Eesti_Peakonsulaat_New_Yorgis, lk 49
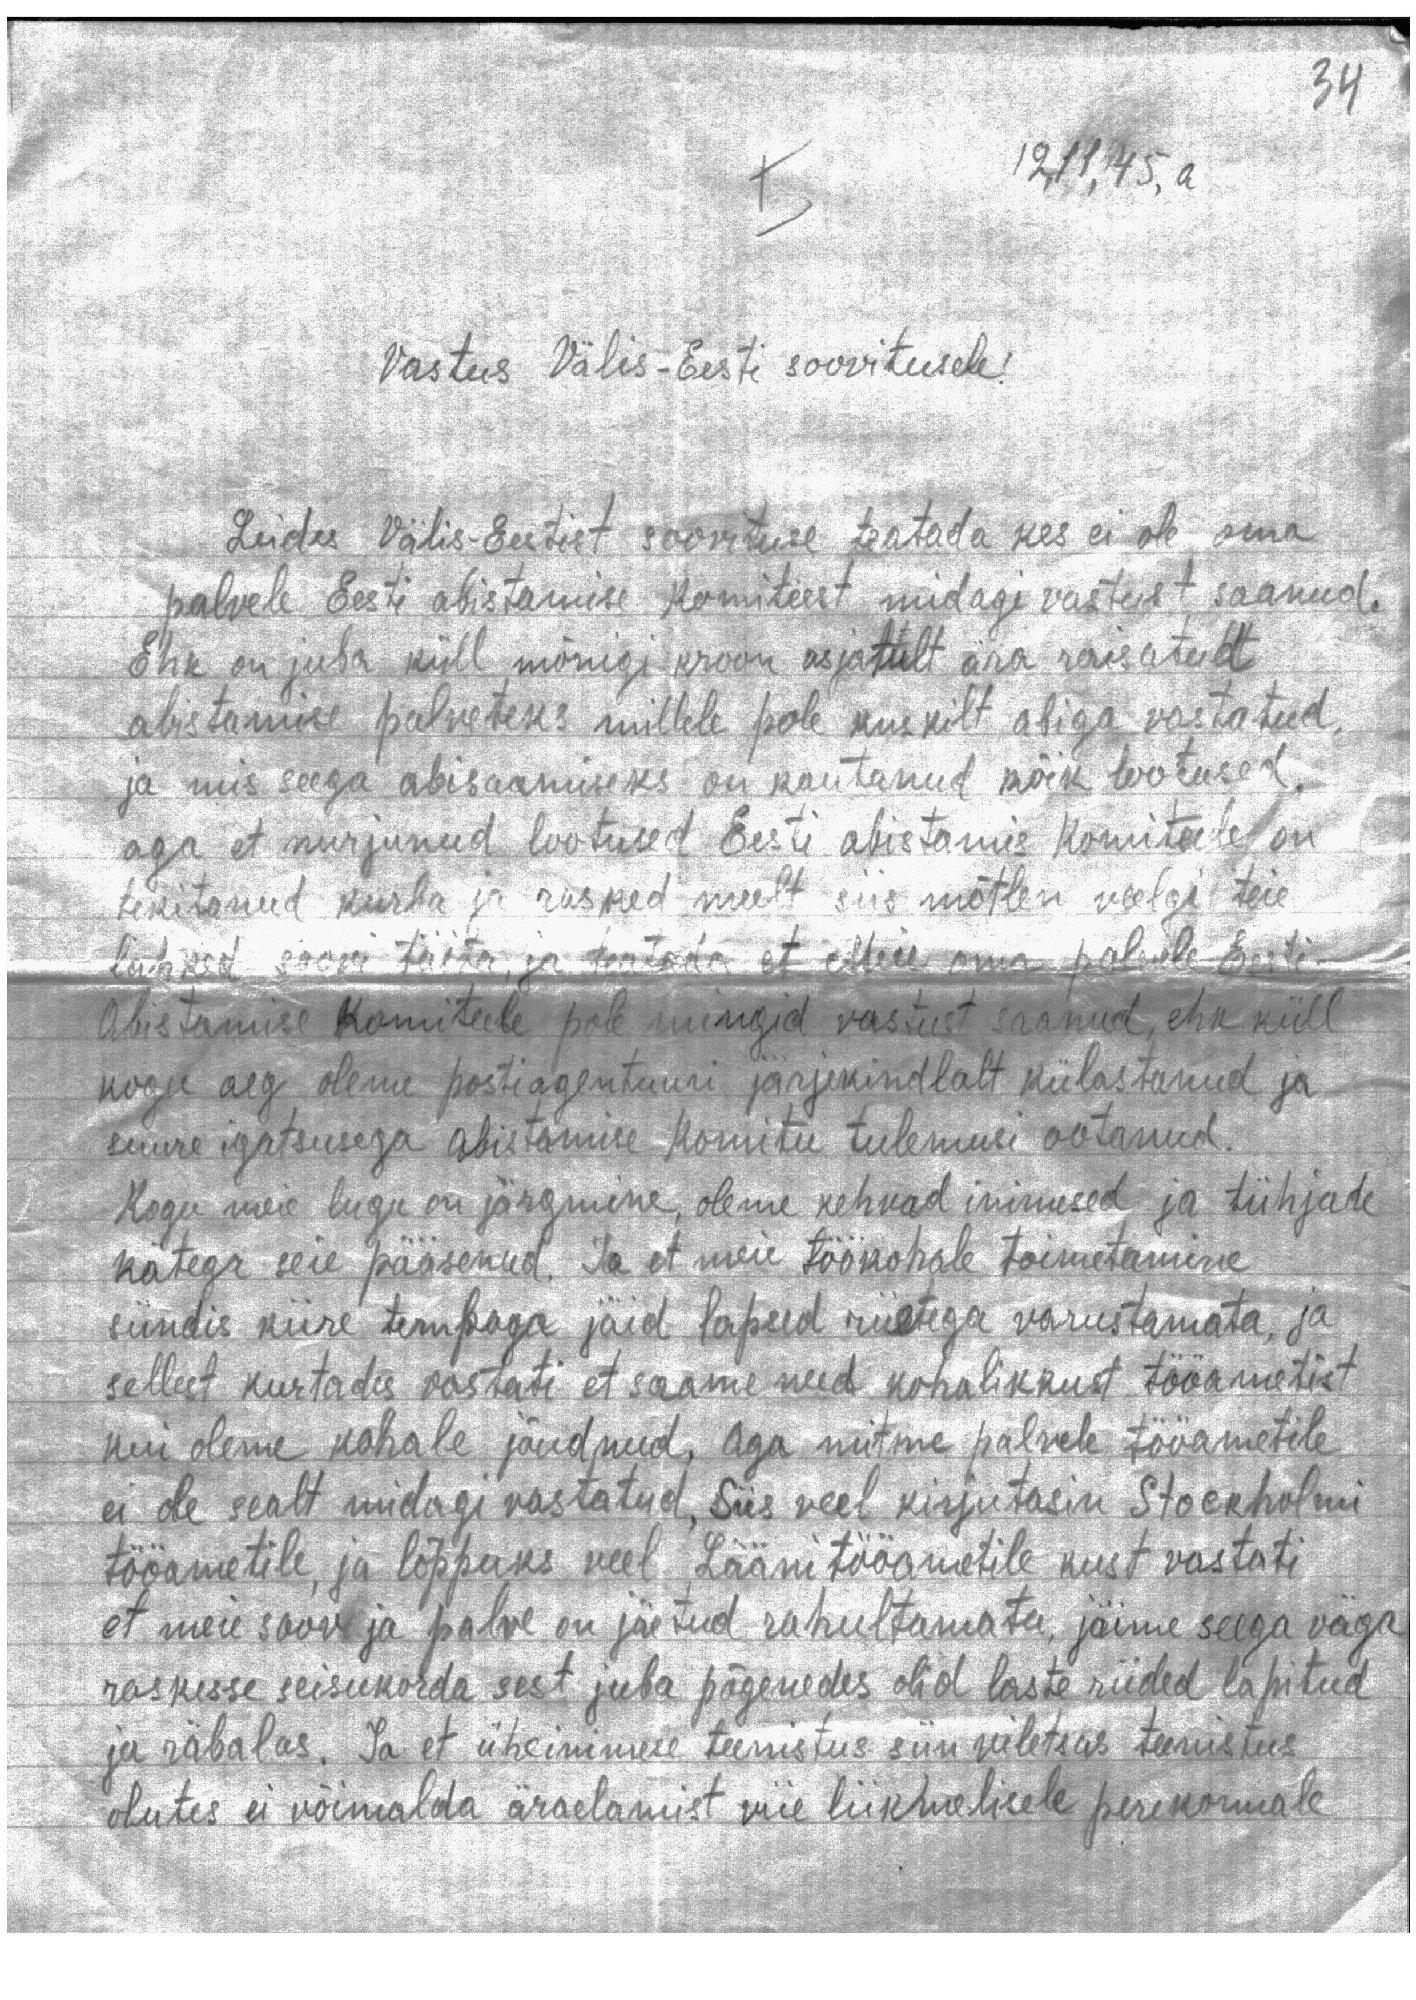
34

12,11,45, a

I
Vastus Välis-Eesti soovitusele!

Leides Välis-Eestist soovituse teatada kes ei ole oma
palvele Eesti abistamise komiteest midagi vastust saanud.
Ehk on juba küll mõnigi kroon asjatult ära raisatud
abistamise palveteks millele pole kuskilt abiga vastatud,
ja mis seega abisaamiseks on kautanud kõik lootused,
aga et nurjunud lootused Eesti abistamis komiteele on
tekitanud kurba ja rasked meelt siis mõtlen veelgi teie
lahked soovi täita ja teatada et Meie oma palvele Eesti-
Abistamise komiteele pole mingid vastust saanud, ehk küll
kogu aeg oleme postiagentuuri järjekindlalt külastanud ja
suure igatsusega abistamise komitee tulemusi ootanud.
Kogu meie lugu on järgmine, oleme kehvad inimesed ja tühjade
kätega seie pääsenud. Ja et meie töökohale toimetamine
sündis kiire tempoga jäid lapsed riietega varustamata, ja
sellest kurtades vastati et saame need kohalikkust tööametist
kui oleme kohale jõudnud, aga mitme palvele tööametile,
ei ole sealt midagi vastatud, Siis veel kirjutasin Stockholmi
tööametile, ja lõppuks veel Lääni tööametile kust vastati
et meie soov ja palve on jäetud rahultamata, jäime seega väga
raskesse seisukorda sest juba põgenedes olid laste riided lapitud
ja räbalas. Ja et üheinimese teenistus siin viletsas teenistus
olutes ei võimalda äraelamist viie liikmelisele perekonnale